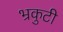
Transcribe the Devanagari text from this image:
भ्रकुटी